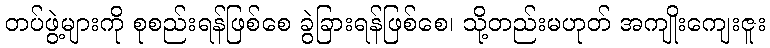
တပ်ဖွဲ့များကို စုစည်းရန်ဖြစ်စေ ခွဲခြားရန်ဖြစ်စေ၊ သို့တည်းမဟုတ် အကျိုးကျေးဇူး